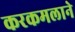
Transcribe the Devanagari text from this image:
करकमलाने